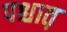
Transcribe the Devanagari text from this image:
पश्चात़